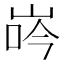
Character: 𡷧